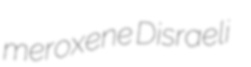
meroxene Disraeli